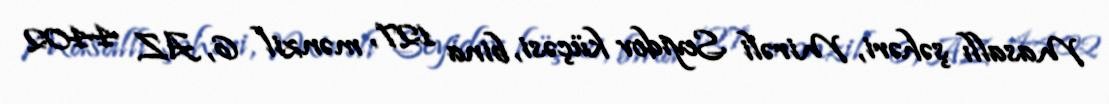
Masallı şəhəri, Mirəli Seyidov küçəsi, bina 127, mənzil 6, AZ 4402